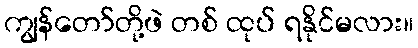
ကျွန်တော်တို့ဖဲ တစ် ထုပ် ရနိုင်မလား။